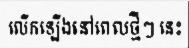
លើកឡើងនៅពេលថ្មីៗ នេះ